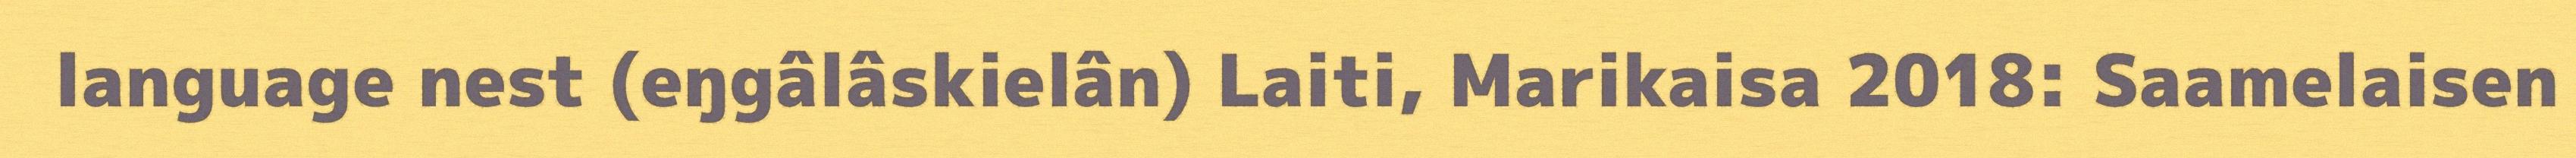
language nest (eŋgâlâskielân) Laiti, Marikaisa 2018: Saamelaisen